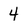
Character: 4